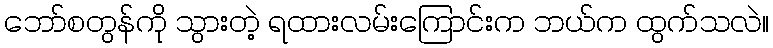
ဘော်စတွန်ကို သွားတဲ့ ရထားလမ်းကြောင်းက ဘယ်က ထွက်သလဲ။